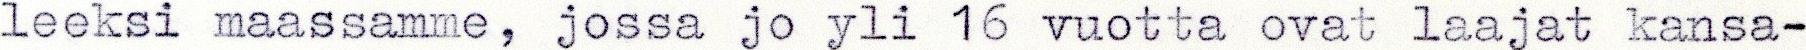
leeksi maassamme, jossa jo yli 16 vuotta ovat laajat kansa-